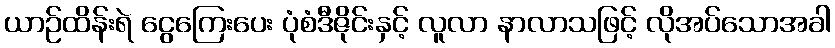
ယာဉ်ထိန်းရဲ ငွေကြေးပေး ပုံစံဒီဇိုင်းနှင့် လူလာ နာလာသဖြင့် လိုအပ်သောအခါ